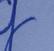
Signature authenticity: genuine